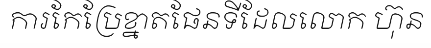
ការកែប្រែខ្នាតផែនទីដែលលោក ហ៊ុន